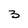
Character: 3